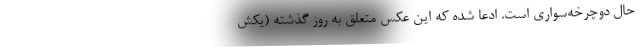
حال دوچرخه‌سواری است. ادعا شده که این عکس متعلق به روز گذشته (یکش